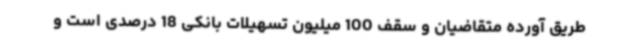
طریق آورده متقاضیان و سقف 100 میلیون تسهیلات بانکی 18 درصدی است و